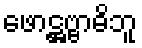
ဖောဋ္ဌဗ္ဗာဓိဘူ